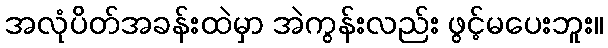
အလုံပိတ်အခန်းထဲမှာ အဲကွန်းလည်း ဖွင့်မပေးဘူး။